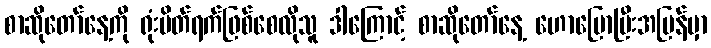
စာဆိုတော်နေ့ကို ရုံးပိတ်ရက်ဖြစ်စေလိုသူ ဒါကြောင့် စာဆိုတော်နေ့ ဟောပြောပြီးအပြန်မှာ